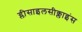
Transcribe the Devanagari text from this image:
ग्लीसाइलसीक्लाइंस